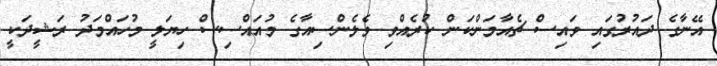
އޭނާގެ ދައުރުގައި ވައިސް ޗެއާމަންކަން ކުރެއްވި ވެލެންސިއާގެ މުއައްސިސް ހިޔަލީ މުހައްމަދު ރަޝީދަކީ